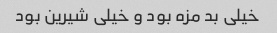
خیلی بد مزه بود و خیلی شیرین بود